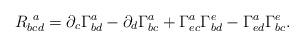
LaTeX: \begin{align*}R_{bcd}^{\ a}=\partial _c\Gamma _{bd}^a-\partial _d\Gamma _{bc}^a+\Gamma_{ec}^a\Gamma _{bd}^e-\Gamma _{ed}^a\Gamma _{bc}^e. \end{align*}